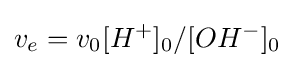
v_{e}=v_{0}[H^{+}]_{0}/[OH^{-}]_{0^{}}